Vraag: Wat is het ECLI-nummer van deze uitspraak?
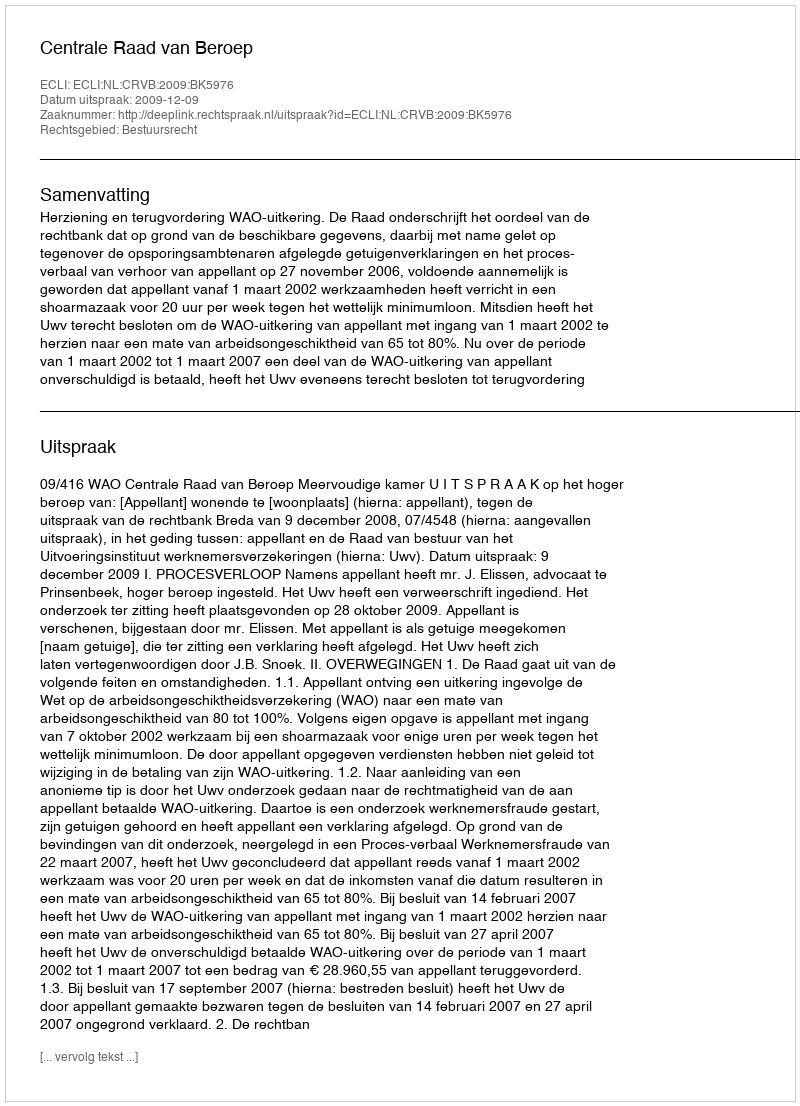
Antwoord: ECLI:NL:CRVB:2009:BK5976